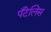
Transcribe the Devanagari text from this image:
पँटेलिस